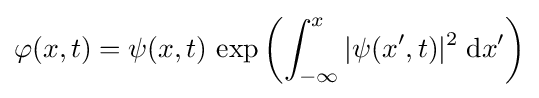
\varphi (x,t)=\psi (x,t)\,\exp \left(\int _{-\infty }^{x}|\psi (x^{\prime },t)|^{2}\;{\text{d}}x^{\prime }\right)